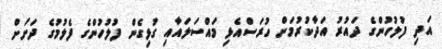
އަދި ފުލުހުންގެ ދައުރު އަދާކުރުމަށް ހުރަސްއެޅި މައްސަލައާއި ގުޅިގެން ފުލުހުންގެ ފެލުމުގެ ދަށަށް